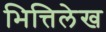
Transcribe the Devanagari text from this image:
भित्तिलेख